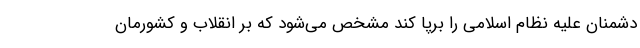
دشمنان علیه نظام اسلامی را برپا کند مشخص می‌شود که بر انقلاب و کشورمان